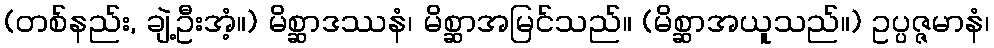
(တစ်နည်း, ချဲ့ဦးအံ့။) မိစ္ဆာဒဿနံ၊ မိစ္ဆာအမြင်သည်။ (မိစ္ဆာအယူသည်။) ဥပ္ပဇ္ဇမာနံ၊